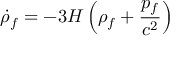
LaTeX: { \dot { \rho } } _ { f } = - 3 H \left( \rho _ { f } + { \frac { p _ { f } } { c ^ { 2 } } } \right)